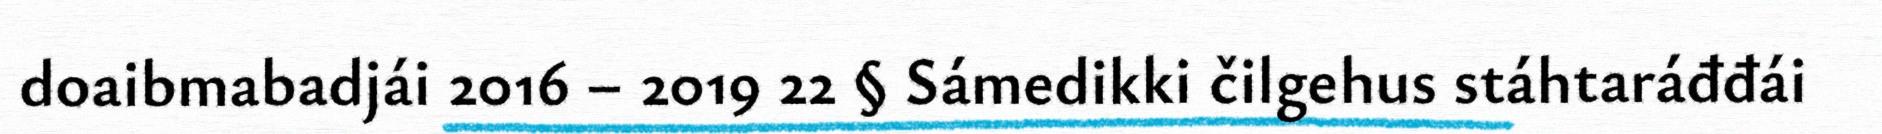
doaibmabadjái 2016 – 2019 22 § Sámedikki čilgehus stáhtaráđđái